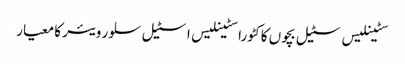
سٹینلیس سٹیل بچوں کا کٹورا سٹینلیس اسٹیل سلور ویئر کا معیار